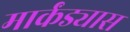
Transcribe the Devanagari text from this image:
मार्कंड्यास